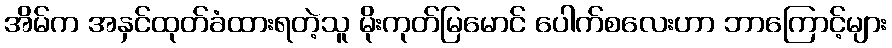
အိမ်က အနှင်ထုတ်ခံထားရတဲ့သူ မိုးကုတ်မြမောင် ပေါက်စလေးဟာ ဘာကြောင့်များ